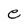
Character: e